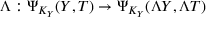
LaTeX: \Lambda : \Psi _ { K _ { Y } } ( Y , T ) \rightarrow \Psi _ { K _ { Y } } ( \Lambda Y , \Lambda T )